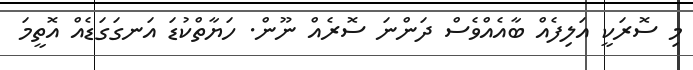
މި ސޮރަކީ އަލިފެއް ބާއެއްވެސް ދަންނަ ސޮރެއް ނޫން. ހަޔާތްކުޑަ އަނގަގަޑެއް އޮތީމަ